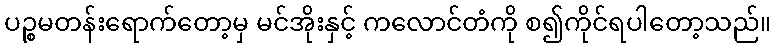
ပဉ္စမတန်းရောက်တော့မှ မင်အိုးနှင့် ကလောင်တံကို စ၍ကိုင်ရပါတော့သည်။